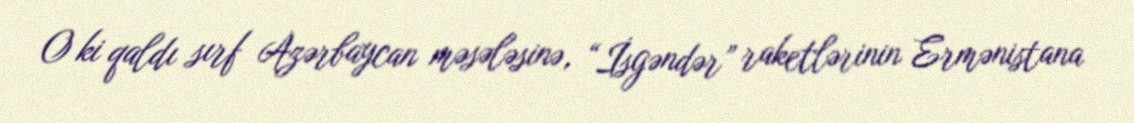
O ki qaldı sırf Azərbaycan məsələsinə, “İsgəndər” raketlərinin Ermənistana